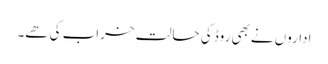
اداروں نےبھی روڈ کی حالت خراب کی ھے۔